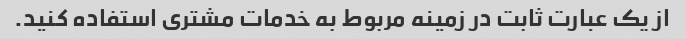
از یک عبارت ثابت در زمینه مربوط به خدمات مشتری استفاده کنید.